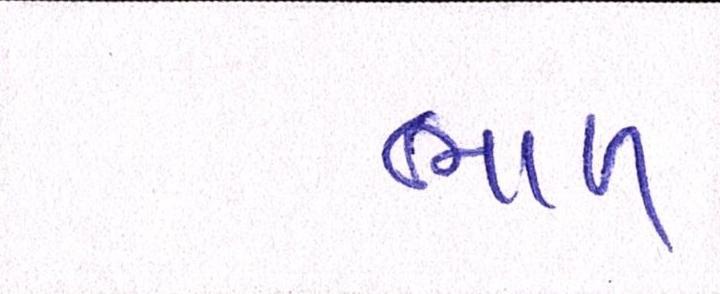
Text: ભાળ